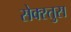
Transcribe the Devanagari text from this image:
सेक्स्तुस